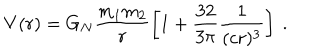
LaTeX: V ( r ) = G _ { N } \frac { m _ { 1 } m _ { 2 } } { r } \left[ 1 + \frac { 3 2 } { 3 \pi } \frac { 1 } { ( c r ) ^ { 3 } } \right] ~ .